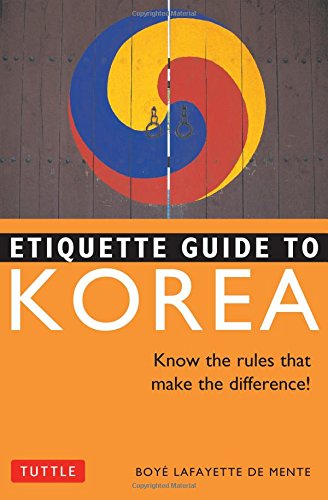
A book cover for Etiquette Guide to Korea: Know the Rules that Make the Difference!; Boye Lafayette De Mente; Business & Money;